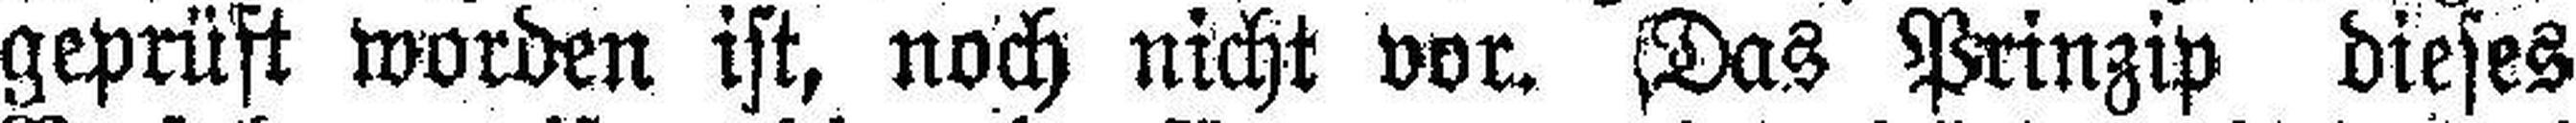
geprüft worden ist, noch nicht vor. Das Prinzip dieses